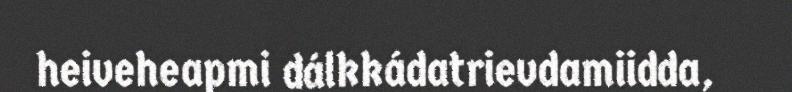
heiveheapmi dálkkádatrievdamiidda,